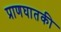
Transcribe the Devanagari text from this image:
प्राणघातकी